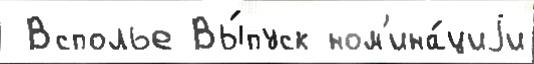
 Всполье Вы́пуск ном'ина́циjи